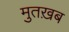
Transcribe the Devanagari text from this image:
मुतख़ब